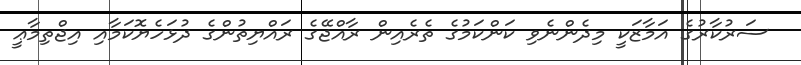
ސަރުކާރުގެ އަމާޒަކީ މިދެންނެވި ކަންކަމުގެ ތެރެއިން ރާއްޖޭގެ ރައްޔިތުންގެ ދުޅަހެޔޮކަމާއި އިޖްތިމާޢީ